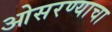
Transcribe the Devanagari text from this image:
ओसरण्याचा